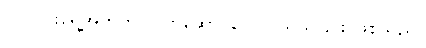
ဝါဝါဝင်းရွေ့အတွက် လက်ဆောင်တွေ ဝယ်ယူခြင်း ဖြစ်သည်။